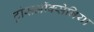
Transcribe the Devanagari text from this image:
ट्रांसऑक्सेनिया